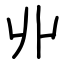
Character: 丱